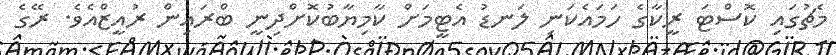
މެޗުގައި ކޮސްޓަ ރީކާގެ ހަމައެކަނި ލަނޑު އެޓީމަށް ކާމިޔާބުކޮށްދިނީ ބްރައިން ރުއީޒްއެވެ. ރޭގެ